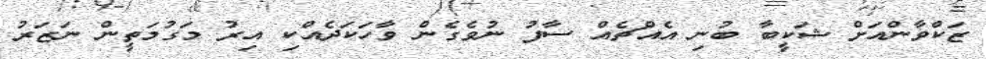
ޒަކްވާންއަށް ޝަކީބާ ބުނި އެއްޗެއް ސާފު ނުވެގެން ވާހަކަދެއްކި އިރު މަގުމަތީން ނަޒަރު